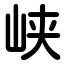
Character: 峡